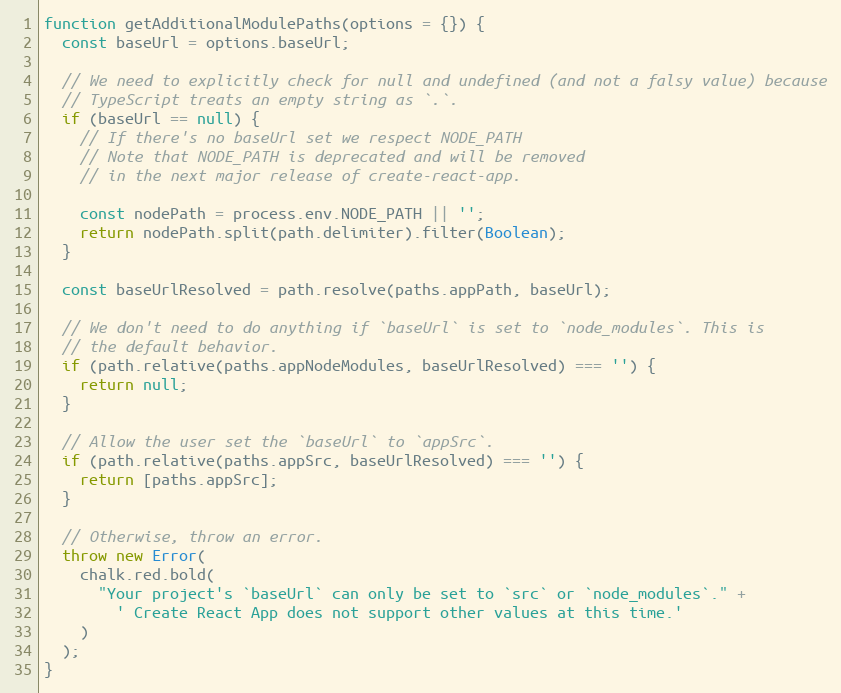
Language: JavaScript
function getAdditionalModulePaths(options = {}) {
  const baseUrl = options.baseUrl;

  // We need to explicitly check for null and undefined (and not a falsy value) because
  // TypeScript treats an empty string as `.`.
  if (baseUrl == null) {
    // If there's no baseUrl set we respect NODE_PATH
    // Note that NODE_PATH is deprecated and will be removed
    // in the next major release of create-react-app.

    const nodePath = process.env.NODE_PATH || '';
    return nodePath.split(path.delimiter).filter(Boolean);
  }

  const baseUrlResolved = path.resolve(paths.appPath, baseUrl);

  // We don't need to do anything if `baseUrl` is set to `node_modules`. This is
  // the default behavior.
  if (path.relative(paths.appNodeModules, baseUrlResolved) === '') {
    return null;
  }

  // Allow the user set the `baseUrl` to `appSrc`.
  if (path.relative(paths.appSrc, baseUrlResolved) === '') {
    return [paths.appSrc];
  }

  // Otherwise, throw an error.
  throw new Error(
    chalk.red.bold(
      "Your project's `baseUrl` can only be set to `src` or `node_modules`." +
        ' Create React App does not support other values at this time.'
    )
  );
}